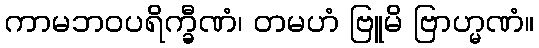
ကာမဘဝပရိက္ခီဏံ၊ တမဟံ ဗြူမိ ဗြာဟ္မဏံ။